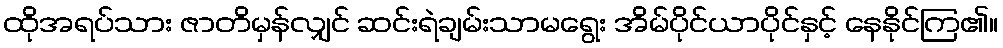
ထိုအရပ်သား ဇာတိမှန်လျှင် ဆင်းရဲချမ်းသာမရွေး အိမ်ပိုင်ယာပိုင်နှင့် နေနိုင်ကြ၏။